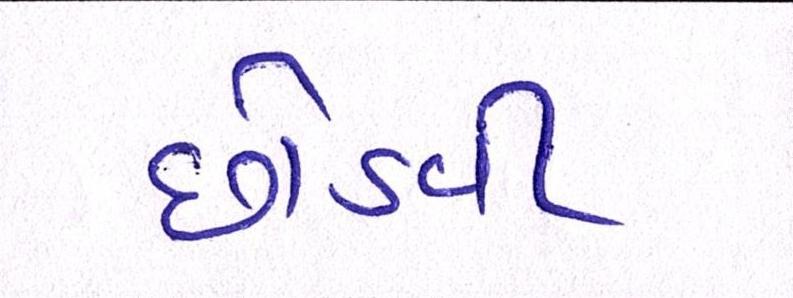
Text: છોડવી